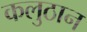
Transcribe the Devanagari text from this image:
कलुठान